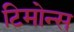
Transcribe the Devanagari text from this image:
टिमोन्स